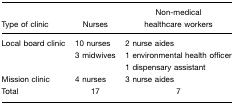
<table><thead><tr><td><b>Type of clinic</b></td><td><b>Nurses</b></td><td><b>Non-medical healthcare workers</b></td></tr></thead><tbody><tr><td>Local board clinic</td><td>10 nurses3 midwives</td><td>2 nurse aides1 environmental health officer1 dispensary assistant</td></tr><tr><td>Mission clinic</td><td>4 nurses</td><td>3 nurse aides</td></tr><tr><td>Total</td><td>17</td><td>7</td></tr></tbody></table>